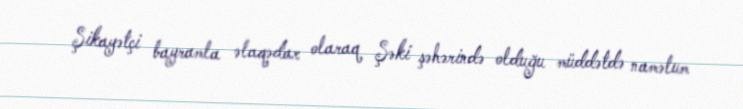
Şikayətçi bayramla əlaqədar olaraq Şəki şəhərində olduğu müddətdə naməlum